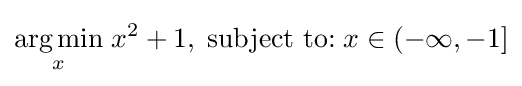
{\underset {x}{\operatorname {arg\,min} }}\;x^{2}+1,\;{\text{subject to:}}\;x\in (-\infty ,-1]